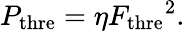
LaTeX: \begin{array}{r}{P_{\textrm{thre}}=\eta{F_{\textrm{thre}}}^{2}.}\end{array}